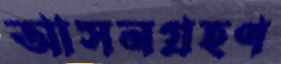
আসনগ্রহণ